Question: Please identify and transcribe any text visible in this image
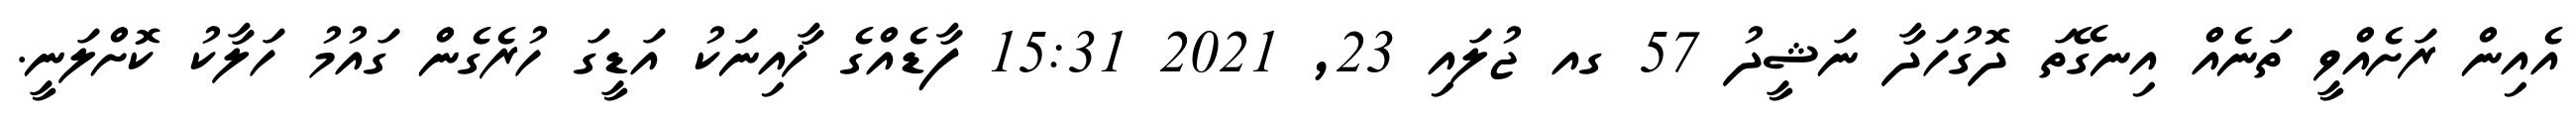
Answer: އެއިން ރަށެއްވީ ތަނެއް އިނގޭތަ ދޮގުހަދާ ނަޝީދު 57 ގއ ޖުލައި 23, 2021 15:31 ފާޑެއްގެ ޚާއިނަކު އަޑީގަ ހުރެގެން ގައުމު ހަލާކު ކޮށްލަނީ.